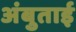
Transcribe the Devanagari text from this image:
अंबुताई